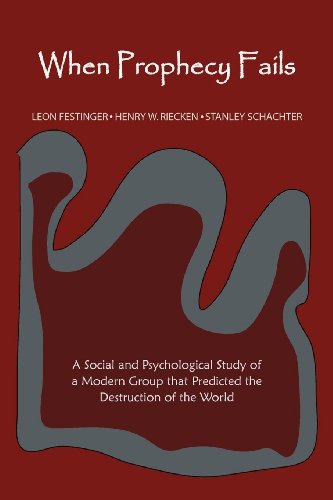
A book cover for When Prophecy Fails; Leon Festinger; Religion & Spirituality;